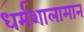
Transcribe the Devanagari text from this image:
धर्मशालामान